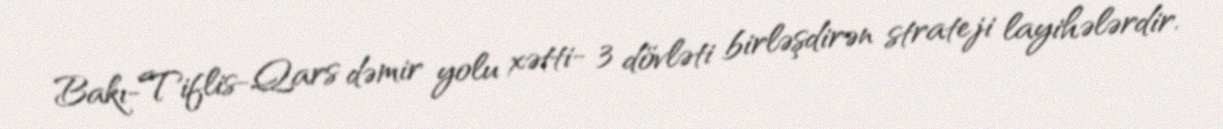
Bakı-Tiflis-Qars dəmir yolu xətti- 3 dövləti birləşdirən strateji layihələrdir.